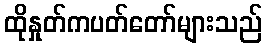
ထိုနှုတ်ကပတ်တော်များသည်